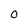
Character: 0